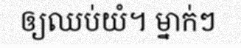
ឲ្យឈប់យំ។ ម្នាក់ៗ